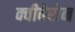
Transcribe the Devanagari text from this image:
क्वीबेरोन